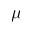
\mu